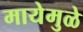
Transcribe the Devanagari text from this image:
मायेमुळे